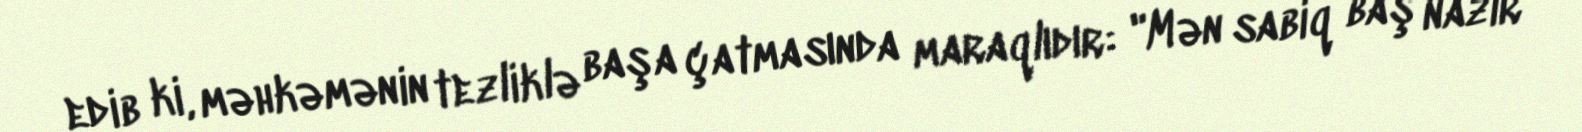
edib ki, məhkəmənin tezliklə başa çatmasında maraqlıdır: "Mən sabiq baş nazir